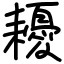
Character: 耰